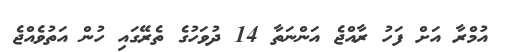
އުމްރާ އަށް ފަހު ރާއްޖެ އަންނަތާ 14 ދުވަހުގެ ތެރޭގައި ހުން އަތުވެއްޖެ